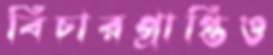
বিচারপ্রাপ্তিও